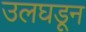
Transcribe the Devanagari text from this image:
उलघडून